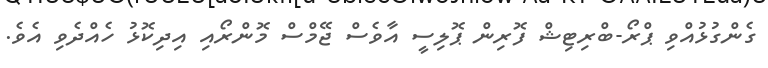
ގެންގުޅުއްވި ޕްރޯ-ބްރިޓިޝް ފޮރިން ޕޮލިސީ އާވެސް ޖޭމްސް މޮންރޯއި އިދިކޮޅު ހެއްދެވި އެވެ.